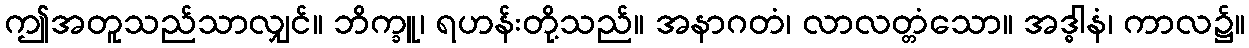
ဤအတူသည်သာလျှင်။ ဘိက္ခူ၊ ရဟန်းတို့သည်။ အနာဂတံ၊ လာလတ္တံသော။ အဒ္ဓါနံ၊ ကာလ၌။